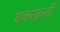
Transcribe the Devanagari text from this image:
शकरक़न्दी